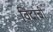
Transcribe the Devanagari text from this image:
विंदांची